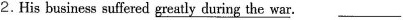
2.His business suffered\underline{ greatly during the war}. ___